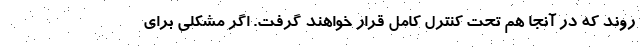
روند که در آنجا هم تحت کنترل کامل قرار خواهند گرفت. اگر مشکلی برای